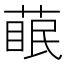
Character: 𮐊